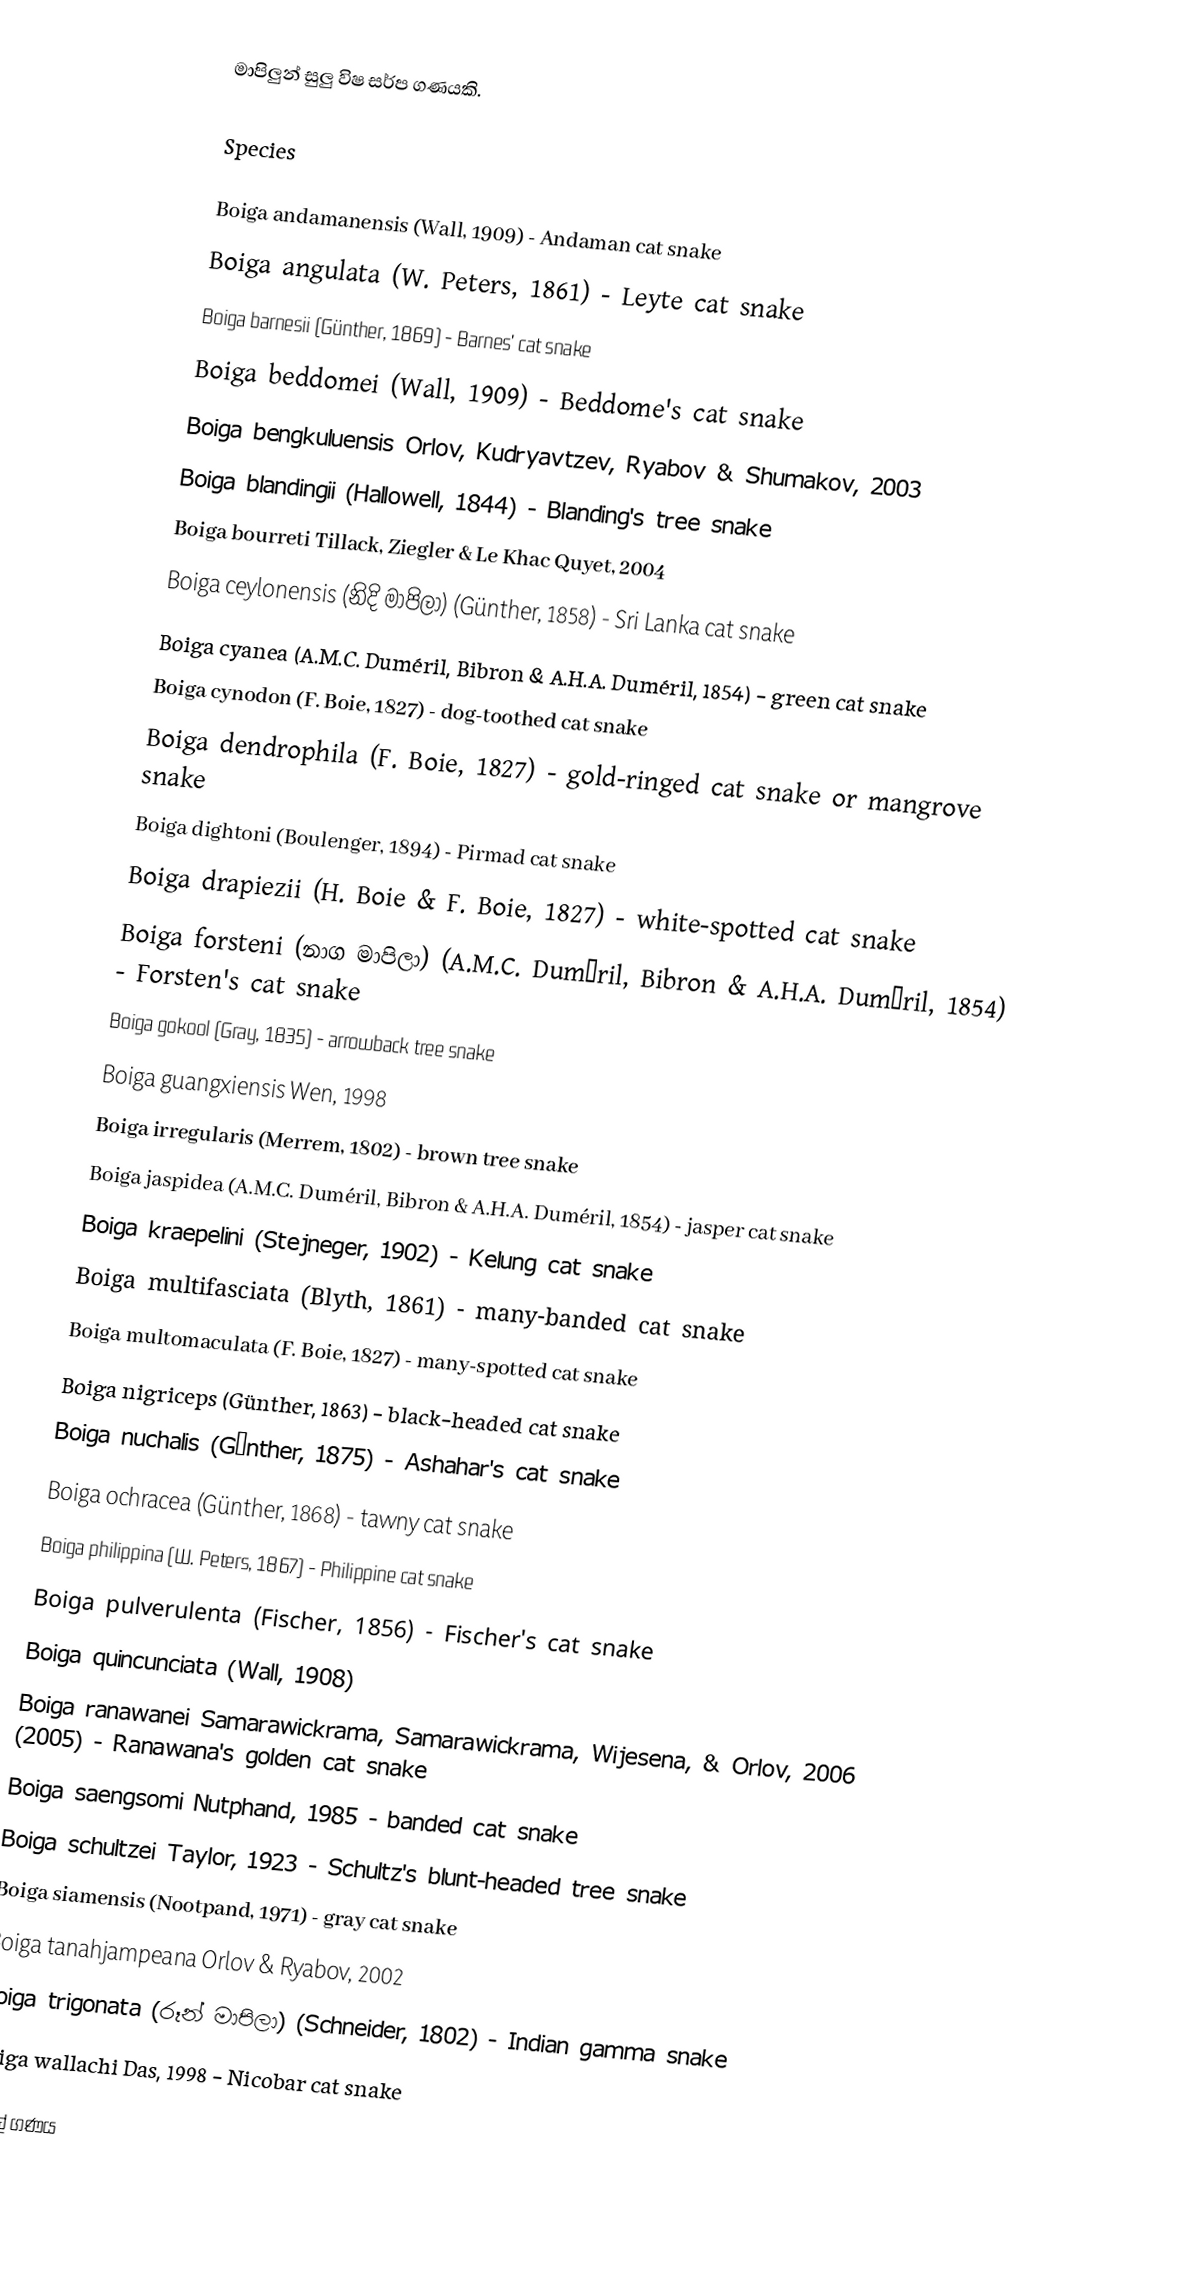
මාපිලුන් සුලු විෂ සර්ප ගණයකි.

Species

Boiga andamanensis (Wall, 1909) - Andaman cat snake
Boiga angulata (W. Peters, 1861) - Leyte cat snake
Boiga barnesii (Günther, 1869) - Barnes' cat snake
Boiga beddomei (Wall, 1909) - Beddome's cat snake
Boiga bengkuluensis Orlov, Kudryavtzev, Ryabov & Shumakov, 2003
Boiga blandingii (Hallowell, 1844) - Blanding's tree snake
Boiga bourreti Tillack, Ziegler & Le Khac Quyet, 2004
Boiga ceylonensis (නිදි මාපිලා) (Günther, 1858) - Sri Lanka cat snake
Boiga cyanea (A.M.C. Duméril, Bibron & A.H.A. Duméril, 1854) - green cat snake
Boiga cynodon (F. Boie, 1827) - dog-toothed cat snake
Boiga dendrophila (F. Boie, 1827) - gold-ringed cat snake or mangrove snake
Boiga dightoni (Boulenger, 1894) - Pirmad cat snake
Boiga drapiezii (H. Boie & F. Boie, 1827) - white-spotted cat snake
Boiga forsteni (නාග මාපිලා) (A.M.C. Duméril, Bibron & A.H.A. Duméril, 1854) - Forsten's cat snake
Boiga gokool (Gray, 1835) - arrowback tree snake
Boiga guangxiensis Wen, 1998
Boiga irregularis (Merrem, 1802) - brown tree snake
Boiga jaspidea (A.M.C. Duméril, Bibron & A.H.A. Duméril, 1854) - jasper cat snake
Boiga kraepelini (Stejneger, 1902) - Kelung cat snake
Boiga multifasciata (Blyth, 1861) - many-banded cat snake
Boiga multomaculata (F. Boie, 1827) - many-spotted cat snake
Boiga nigriceps (Günther, 1863) - black-headed cat snake
Boiga nuchalis (Günther, 1875) - Ashahar's cat snake
Boiga ochracea (Günther, 1868) - tawny cat snake
Boiga philippina (W. Peters, 1867) - Philippine cat snake
Boiga pulverulenta (Fischer, 1856) - Fischer's cat snake
Boiga quincunciata (Wall, 1908)
Boiga ranawanei Samarawickrama, Samarawickrama, Wijesena, & Orlov, 2006 (2005) - Ranawana's golden cat snake
Boiga saengsomi Nutphand, 1985 - banded cat snake
Boiga schultzei Taylor, 1923 - Schultz's blunt-headed tree snake
Boiga siamensis (Nootpand, 1971) - gray cat snake
Boiga tanahjampeana Orlov & Ryabov, 2002
Boiga trigonata (රූන් මාපිලා) (Schneider, 1802) - Indian gamma snake
Boiga wallachi Das, 1998 - Nicobar cat snake

මාපිල් ගණය